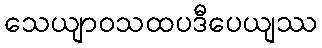
သေယျာဝသထပဒီပေယျဿ